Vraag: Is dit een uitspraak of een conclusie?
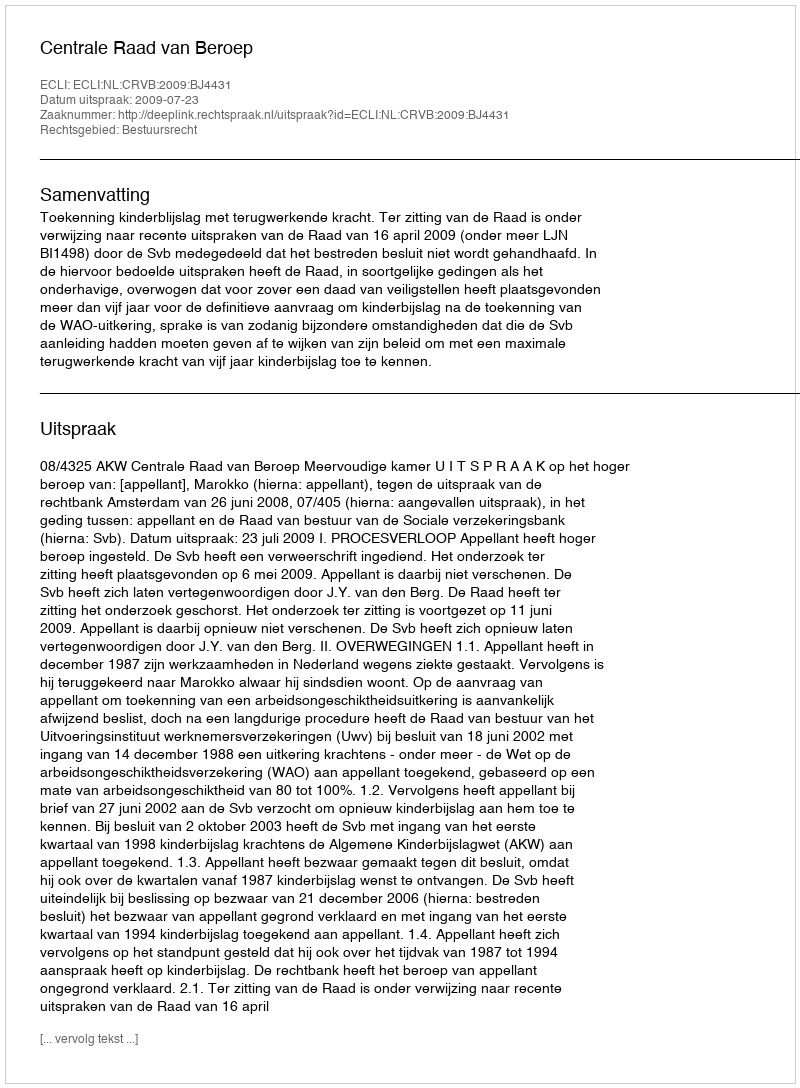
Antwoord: Uitspraak